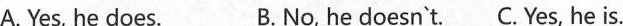
A. Yes, he does. B.No, he doesn`t.C.Yes, he is.